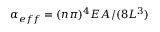
\alpha _ { e f f } = ( n \pi ) ^ { 4 } E A / ( 8 L ^ { 3 } )